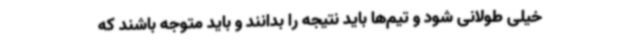
خیلی طولانی شود و تیم‌ها باید نتیجه را بدانند و باید متوجه باشند که